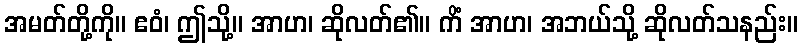
အမတ်တို့ကို။ ဧဝံ၊ ဤသို့။ အာဟ၊ ဆိုလတ်၏။ ကိံ အာဟ၊ အဘယ်သို့ ဆိုလတ်သနည်း။